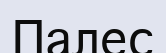
Палес